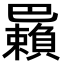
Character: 𢁑